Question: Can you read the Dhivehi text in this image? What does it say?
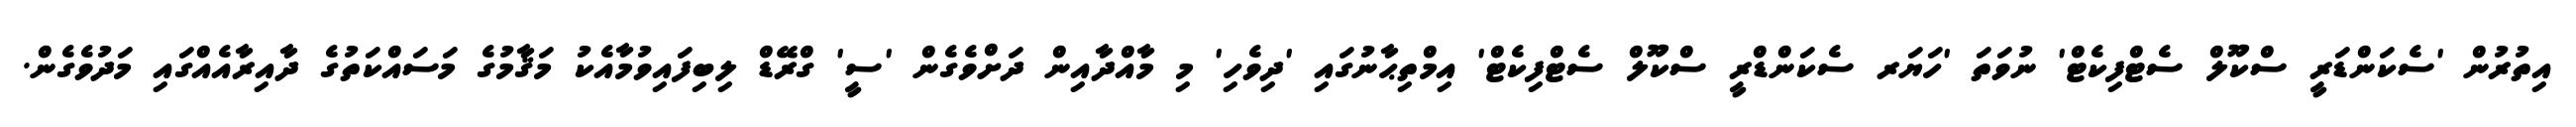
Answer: އިތުރުން 'ސެކަންޑަރީ ސްކޫލް ސެޓްފިކެޓް' ނުވަތަ 'ހަޔަރ ސެކަންޑްރީ ސްކޫލް ސެޓްފިކެޓް' އިމްތިޙާނުގައި 'ދިވެހި' މި މާއްދާއިން ދަށްވެގެން 'ސީ' ގްރޭޑް ލިބިފައިވުމާއެކު މަޤާމުގެ މަސައްކަތުގެ ދާއިރާއެއްގައި މަދުވެގެން.